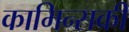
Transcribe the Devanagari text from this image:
कामिन्सकी